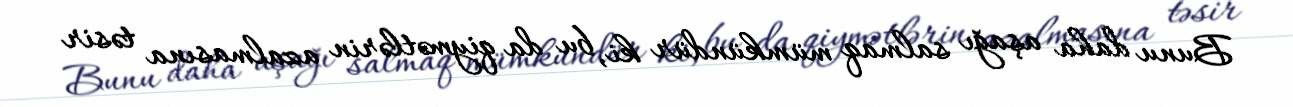
Bunu daha aşağı salmaq mümkündür ki, bu da qiymətlərin azalmasına təsir